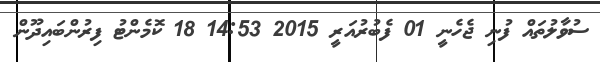
ސުވާލުތައް ފުނި ޖެހެނީ 01 ފެބުރުއަރީ 2015 14:53 18 ކޮމެންޓު ފިރުންބައިދޫން